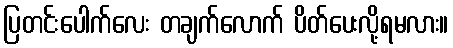
ပြတင်းပေါက်လေး တချက်လောက် ပိတ်ပေးလို့ရမလား။